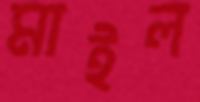
মাইল